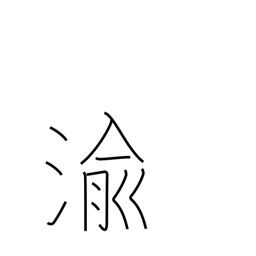
Meaning: be transformed